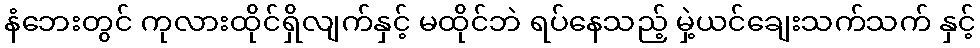
နံဘေးတွင် ကုလားထိုင်ရှိလျက်နှင့် မထိုင်ဘဲ ရပ်နေသည့် မှဲ့ယင်ချေးသက်သက် နှင့်